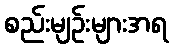
စည်းမျဉ်းများအရ